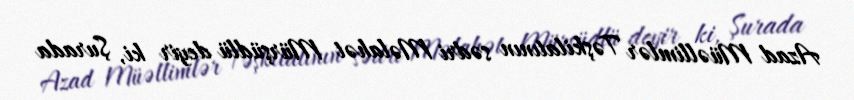
Azad Müəllimlər Təşkilatının sədri Məlahət Mürşüdlü deyir ki, Şurada